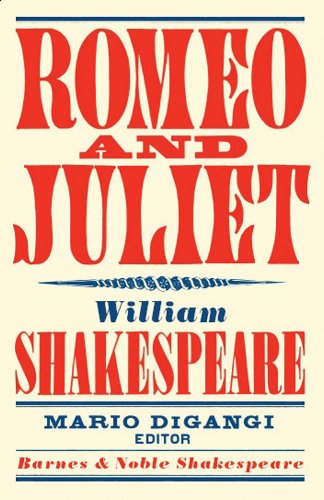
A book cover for Romeo and Juliet (Barnes & Noble Shakespeare); William Shakespeare; Comics & Graphic Novels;